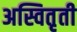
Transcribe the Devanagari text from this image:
अस्वितृती